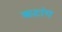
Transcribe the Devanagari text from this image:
कटांग